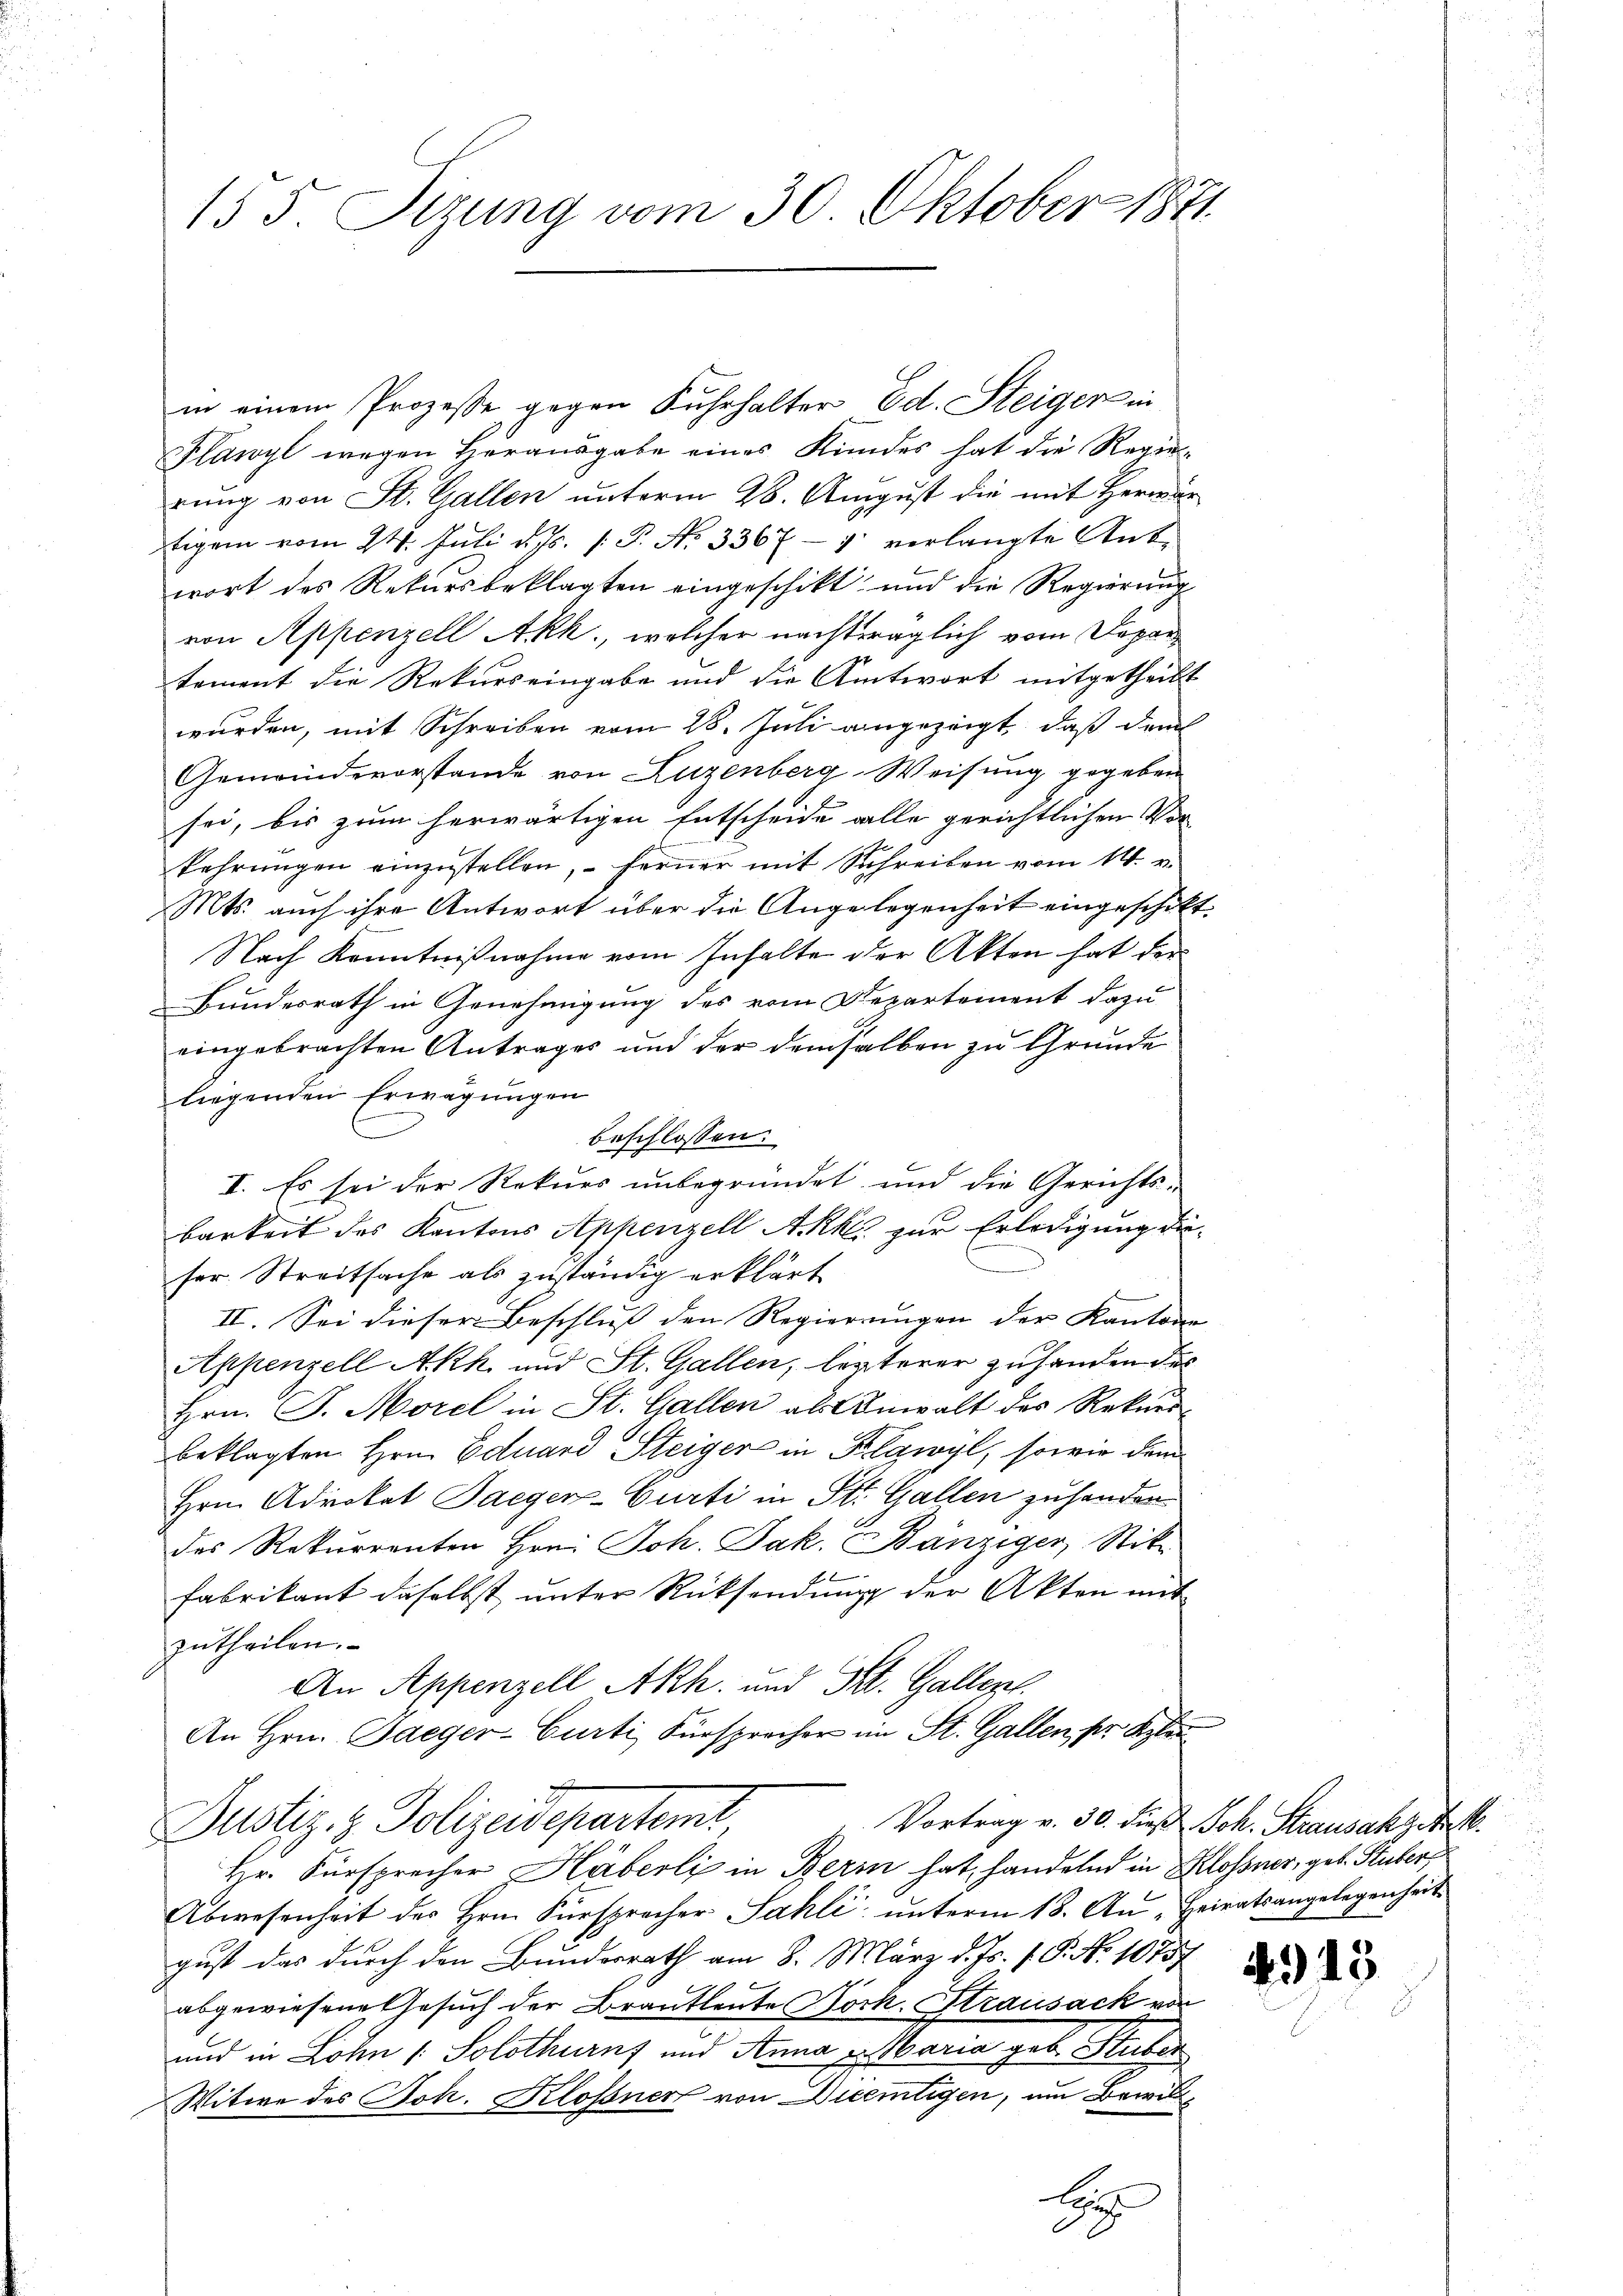
in einem Prozesse gegen Fuhrhalter Ed. Steiger in
Plawyl wegen Herausgabe eines Kundes hat die Regierung von St. Gallen unterm 28. August die mit Herwär
tigem vom 24. Juli d. Js. [ P. Nr. 3367-7 verlangte Antwort des Rekursbeklagten eingeschikt, und die Regierung
von Appenzell Akk., welcher nachträglich vom Depar
tement die Rekurs eingabe und die Antwort mitgetheilt
wurden, mit Schreiben vom 28. Juli angezeigt, daß dem
Gemeindevorstande von Luzenberg-Weisung gegeben
sei, bis zum herwärtigen Entscheide alle gerichtlichen Vorkahrŭngen einzŭstellen, ferner mit Schreiben vom 14. v.
Mts. auch ihre Antwort über die Angelegenheit eingeschikt.
Nach Kenntnißnahme vom Inhalte der Akten hat der
Bundesrath in Genehmigung des vom Departement dazu
eingebrachten Antrages und der demselben zu Grunde
liegenden Erwägungen
t
beschlossen:
I. Es sei der Rekurs unbegründet und die Gerichts-
barkeit des Kantons Appenzell Akkes zur Erledigung dieser Streitsache als zuständig erklärt
II. Sei dieser Beschluß den Regierungen der Kanton
Appenzell Akh und St. Gallen, lezterer Zuhanden des
Hrn. J. Morel in St. Gallen als Anwalt des Rekursbeklagten Hrn. Eduard Steiger in Klawyl, sowie dein
Hrn. Advokat Saeger-Curti in St. Gallen zuhander
des Rekurrenten Hrn. Joh. Jak. Bänziger, Stik
A
fabrikant daselbst unter Rücksendung der Akten mit
zutheilen.
An Appenzell Akh. und St. Gallen,
An Hrn. Baeger-Curti Fürsprocher im St. Gallen, pr Klei
Vortrag v. 30. dieß Joh. Stransakzit.
Justiz- & Polizeideparteme
Hr. Fürsprecher Häberli in Berin hat, handelnd in Schlossner, geb. Stuber,
Abwesenheit des Hrn. Fürspracher Sahli unterm 18. Au, Heiratsangelegenheit
gust das durch den Bundesrath am 8. März d. Js. f. P. No 10757
abgewiesene Gesuch der Brautleute Bock. Strausack von
und in Lohn /: Solothurns und Anna u. Maria geb. Stuber
Witwe des Joh. Klossner von Diceitigen, um Bewill¬

155. Stzung vom 30. Oktober 1871

H

)